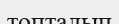
топталып